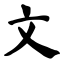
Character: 文